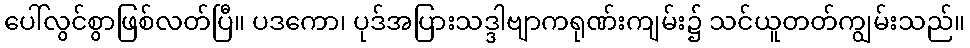
ပေါ်လွင်စွာဖြစ်လတ်ပြီ။ ပဒကော၊ ပုဒ်အပြားသဒ္ဒါဗျာကရုဏ်းကျမ်း၌ သင်ယူတတ်ကျွမ်းသည်။